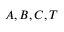
A , B , C , { \cal T }